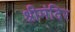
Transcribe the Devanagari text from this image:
श्रीमंदिर